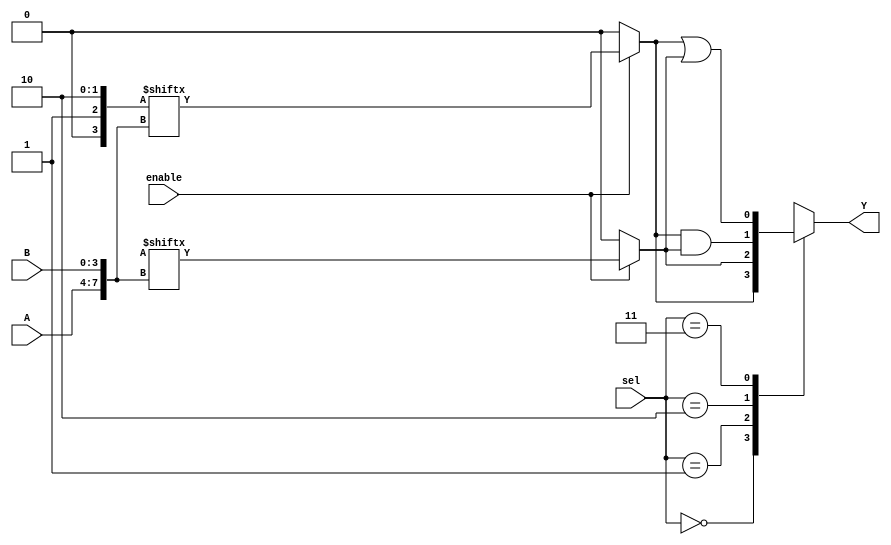
module CLB (
    input wire [3:0] A,          // 4-bit input port
    input wire [3:0] B,          // 4-bit input port
    input wire [1:0] sel,        // Selector for multiplexer
    input wire enable,            // Enable signal
    output wire Y                // Output port
);

    // Logic Cell 1: 4-input LUT
    wire lut1_out;
    reg [15:0] lut1_config;      // 16-bit configuration for LUT1

    always @(*) begin
        if (enable) begin
            lut1_out = lut1_config[{A, B}]; // LUT output based on configuration
        end else begin
            lut1_out = 1'b0; // If not enabled, output is 0
        end
    end

    // Logic Cell 2: 4-input LUT
    wire lut2_out;
    reg [15:0] lut2_config;      // 16-bit configuration for LUT2

    always @(*) begin
        if (enable) begin
            lut2_out = lut2_config[{A, B}]; // LUT output based on configuration
        end else begin
            lut2_out = 1'b0; // If not enabled, output is 0
        end
    end

    // Multiplexer to select output from LUTs
    reg mux_out;

    always @(*) begin
        case (sel)
            2'b00: mux_out = lut1_out; // Select output from LUT1
            2'b01: mux_out = lut2_out; // Select output from LUT2
            2'b10: mux_out = lut1_out & lut2_out; // AND operation
            2'b11: mux_out = lut1_out | lut2_out; // OR operation
            default: mux_out = 1'b0; // Default case
        endcase
    end

    // Output assignment
    assign Y = mux_out;

endmodule